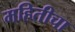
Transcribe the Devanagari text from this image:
महितीचा